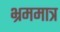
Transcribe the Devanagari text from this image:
भ्रममात्र